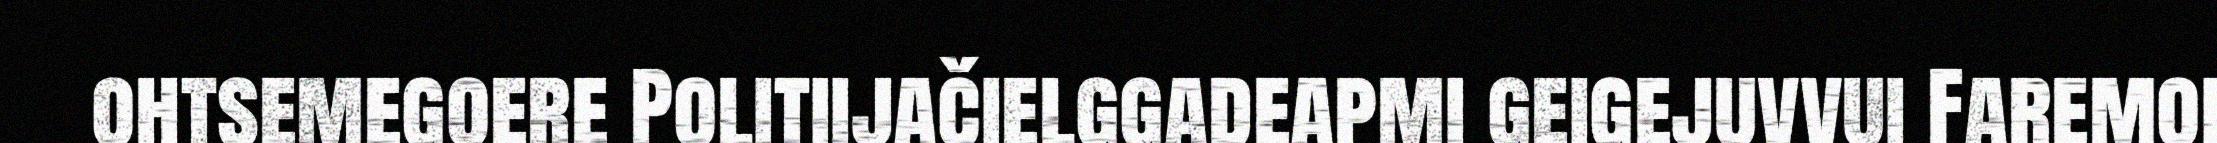
ohtsemegoere Politiijačielggadeapmi geigejuvvui Faremoi